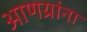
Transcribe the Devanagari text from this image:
आणय्रांना